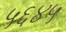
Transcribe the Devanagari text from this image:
५६४५